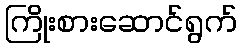
ကြိုးစားဆောင်ရွက်